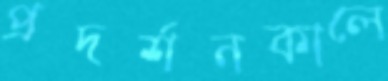
প্রদর্শনকালে